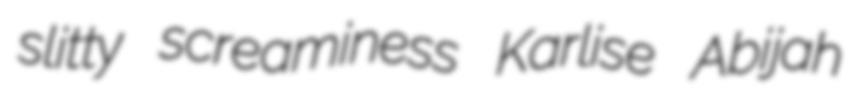
slitty screaminess Karlise Abijah